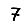
Digit: 7